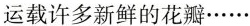
运载许多新鲜的花瓣……